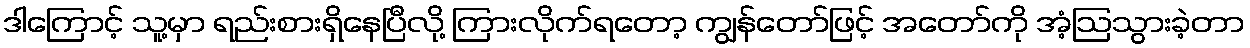
ဒါကြောင့် သူ့မှာ ရည်းစားရှိနေပြီလို့ ကြားလိုက်ရတော့ ကျွန်တော်ဖြင့် အတော်ကို အံ့ဩသွားခဲ့တာ